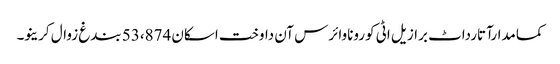
کمامدارآتارداٹ برازیل اٹی کوروناوائرس آن داوخت اسکان 53،874 بندغ زوال کرینو۔